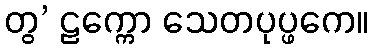
တွ’ ဠက္ကော သေတပုပ္ဖကေ။